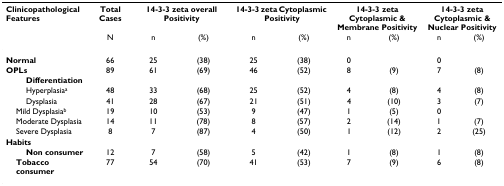
<table><thead><tr><td><b>Clinicopathological Features</b></td><td><b>Total Cases</b></td><td colspan="2"><b>14-3-3 zeta overall Positivity</b></td><td colspan="2"><b>14-3-3 zeta Cytoplasmic Positivity</b></td><td colspan="2"><b>14-3-3 zeta Cytoplasmic &amp; Membrane Positivity</b></td><td colspan="2"><b>14-3-3 zeta Cytoplasmic &amp; Nuclear Positivity</b></td></tr><tr><td></td><td><b>N</b></td><td><b>n</b></td><td><b>(%)</b></td><td><b>n</b></td><td><b>(%)</b></td><td><b>n</b></td><td><b>(%)</b></td><td><b>n</b></td><td><b>(%)</b></td></tr></thead><tbody><tr><td><b>Normal</b></td><td>66</td><td>25</td><td>(38)</td><td>25</td><td>(38)</td><td>0</td><td></td><td>0</td><td></td></tr><tr><td><b>OPLs</b></td><td>89</td><td>61</td><td>(69)</td><td>46</td><td>(52)</td><td>8</td><td>(9)</td><td>7</td><td>(8)</td></tr><tr><td><b>Differentiation</b></td><td></td><td></td><td></td><td></td><td></td><td></td><td></td><td></td><td></td></tr><tr><td>Hyperplasia<sup>a</sup></td><td>48</td><td>33</td><td>(68)</td><td>25</td><td>(52)</td><td>4</td><td>(8)</td><td>4</td><td>(8)</td></tr><tr><td>Dysplasia</td><td>41</td><td>28</td><td>(67)</td><td>21</td><td>(51)</td><td>4</td><td>(10)</td><td>3</td><td>(7)</td></tr><tr><td> Mild Dysplasia<sup>b</sup></td><td>19</td><td>10</td><td>(53)</td><td>9</td><td>(47)</td><td>1</td><td>(5)</td><td>0</td><td></td></tr><tr><td> Moderate Dysplasia</td><td>14</td><td>11</td><td>(78)</td><td>8</td><td>(57)</td><td>2</td><td>(14)</td><td>1</td><td>(7)</td></tr><tr><td> Severe Dysplasia</td><td>8</td><td>7</td><td>(87)</td><td>4</td><td>(50)</td><td>1</td><td>(12)</td><td>2</td><td>(25)</td></tr><tr><td><b>Habits</b></td><td></td><td></td><td></td><td></td><td></td><td></td><td></td><td></td><td></td></tr><tr><td><b>Non consumer</b></td><td>12</td><td>7</td><td>(58)</td><td>5</td><td>(42)</td><td>1</td><td>(8)</td><td>1</td><td>(8)</td></tr><tr><td> <b>Tobacco consumer</b></td><td>77</td><td>54</td><td>(70)</td><td>41</td><td>(53)</td><td>7</td><td>(9)</td><td>6</td><td>(8)</td></tr></tbody></table>